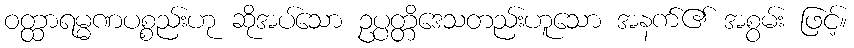
ဝတ္ထာရမ္မဏပစ္စည်းဟု ဆိုအပ်သော ဥပ္ပတ္တိဒေသတည်းဟူသော အနက်၏ အစွမ်း ဖြင့်။